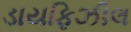
ડાયફિઝીલ